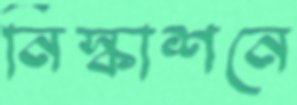
নিস্কাশনে